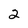
Character: 2